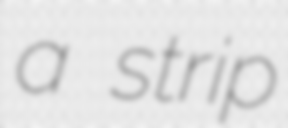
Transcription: a strip